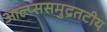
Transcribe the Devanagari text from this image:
आल्प्ससमुद्रतटीय